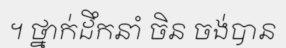
។ ថ្នាក់ដឹកនាំ ចិន ចង់បាន